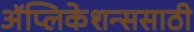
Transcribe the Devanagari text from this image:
अॅप्लिकेशन्ससाठी